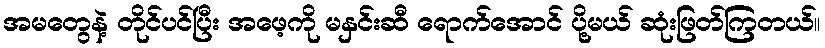
အမတွေနဲ့ တိုင်ပင်ပြီး အဖေ့ကို မနှင်းဆီ ရောက်အောင် ပို့မယ် ဆုံးဖြတ်ကြတယ်။